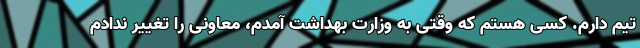
تیم دارم. کسی هستم که وقتی به وزارت بهداشت آمدم، معاونی را تغییر ندادم